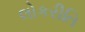
લોકરીતિ